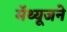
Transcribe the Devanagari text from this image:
मॅथ्यूजने